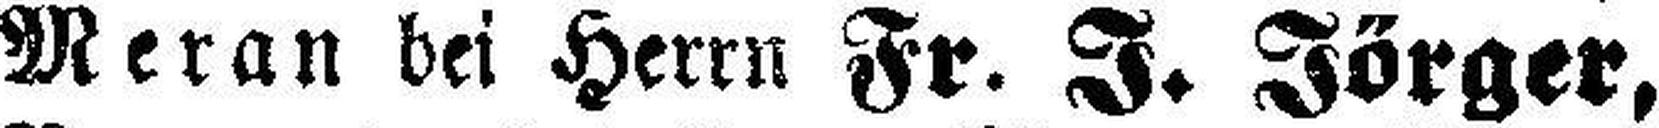
Meran bei Herrn Fr. J. Jörger,